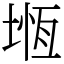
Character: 堩